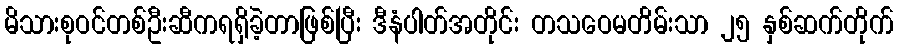
မိသားစုဝင်တစ်ဦးဆီကရရှိခဲ့တာဖြစ်ပြီး ဒီနံပါတ်အတိုင်း တသဝေမတိမ်းသာ ၂၅ နှစ်ဆက်တိုက်